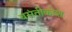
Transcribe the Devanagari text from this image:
बसंतीकोश